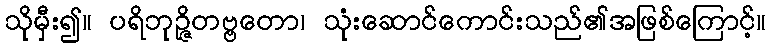
သိုမှီး၍။ ပရိဘုဉ္ဇိတဗ္ဗတော၊ သုံးဆောင်ကောင်းသည်၏အဖြစ်ကြောင့်။